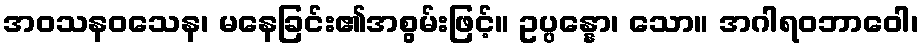
အဝသနဝသေန၊ မနေခြင်း၏အစွမ်းဖြင့်။ ဥပ္ပန္နော၊ သော။ အဂါရဝဘာဝေါ၊